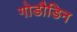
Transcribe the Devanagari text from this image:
गोडौडिन